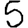
Digit: 5